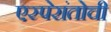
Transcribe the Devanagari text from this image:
एस्पेरांतोची